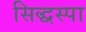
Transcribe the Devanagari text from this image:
सिद्धस्पा